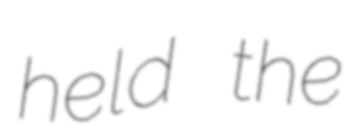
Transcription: held the